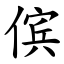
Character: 傧